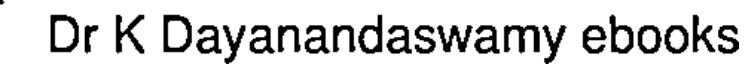
Dr K Dayanandaswamy ebooks